Vaccination in Bombay 1874-1876 - 1874-1876
Year: 1874
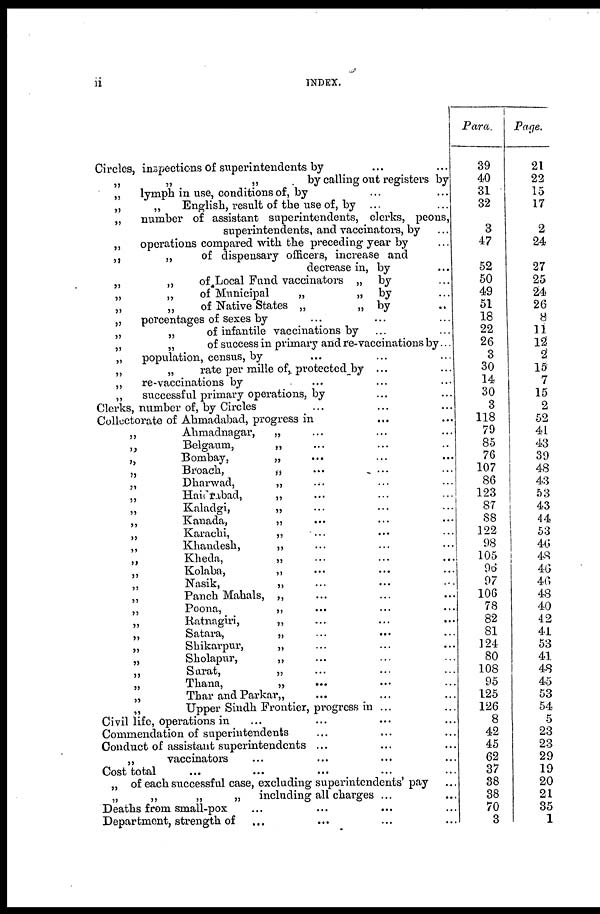
ii
INDEX.
Circles, inspections of superintendents by ... ...
„
„
„
by calling out registers by
„
lymph in use, conditions of, by ... ...
„
„
English, result of the use of, by ... ...
„
number of assistant superintendents, clerks, peons,
superintendents, and vaccinators, by ...
„
operations compared with the preceding year by ...
„
„
of dispensary officers, increase and
decrease in, by ...
„
„
of„Local Fund vaccinators „ by ...
„
„
of Municipal
„
„ by ...
„
„
of Native States „
„ by ...
„
percentages of sexes by ... ... ...
„
„
of infantile vaccinations by ... ...
„
„
of success in primary and re-vaccinations by...
„
population, census, by ... ... ...
„
„
rate per mille of, protected by ... ...
„
re-vaccinations by ... ... ...
„
successful primary operations, by ... ...
Clerks, number of, by Circles ... ... ...
Collectorate of Ahmadabad, progress in ... ...
„
Ahmadnagar,
„ ... ... ...
„
Belgaum,
„ ... ... ...
„
Bombay,
„ ... ... ...
„
Broach,
„ ... ... ...
„
Dharwad,
„ ... ... ...
„
Haidrabad,
„ ... ... ...
„
Kaladgi,
„ ... ... ...
„
Kanada,
„ ... ... ...
„
Karachi,
„
... ... ...
„
Khandesh,
„ ... ... ...
„
Kheda,
„ ... ... ...
„
Kolaba,
„ ... ... ...
„
Nasik,
„ ... ... ...
„
Panch Mahals, „ ... ... ...
„
Poona,
„ ... ... ...
„
Ratnagiri,
„ ... ... ...
„
Satara,
„
...
... ...
„
Shikarpur,
„ ... ... ...
„
Sholapur,
„ ... ... ...
„
Surat,
„ ... ... ...
„
Thana,
„
... ... ...
„
Thar and Parkar„ ... ...
„
Upper Sindh Frontier, progress in ... ...
Civil life, Operations in ... ... ... ...
Commendation of superintendents ... ... ...
Conduct of assistant superintendents ... ... ...
„
vaccinators ... ... ... ...
Cost total ... ... ... ... ...
„ of each successful case, excluding superintendents' pay ...
„
„
„
„ including all charges ... ...
Deaths from small-pox ... ... ... ...
Department, strength of ... ... ... ...
Para.
39
40
31
32
3
47
52
50
49
51
18
22
26
3
30
14
30
3
118
79
85
76
107
86
123
87
88
122
98
105
96
97
106
78
82
81
124
80
108
95
125
126
8
42
45
62
37
38
38
70
3
Page.
21
22
15
17
2
24
27
25
24
26
8
11
12
2
15
7
15
2
52
41
43
39
48
43
53
43
44
53
46
48
46
46
48
40
42
41
53
41
48
45
53
54
5
23
23
29
19
20
21
35
1